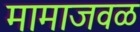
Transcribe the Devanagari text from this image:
मामाजवळ